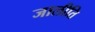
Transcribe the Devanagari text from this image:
जालीति